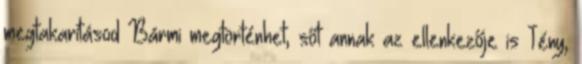
megtakarításod Bármi megtörténhet, sőt annak az ellenkezője is Tény,